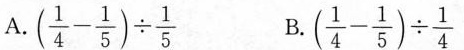
A.$$( \frac {1 } { 4 } - \frac { 1 } { 5 } ) \div \frac { 1 } { 5 }$$ B.($$\frac { 1 } { 4 } - \frac { 1 } { 5 } ) \div \frac { 1 } { 4 }$$